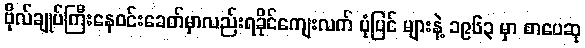
ဗိုလ်ချုပ်ကြီးနေဝင်းခေတ်မှာလည်းရခိုင်ကျေးလက် ပုံပြင် များနဲ့ ၁၉၆၃ မှာ စာပေဆု